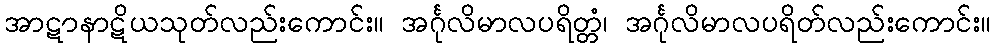
အာဋာနာဋိယသုတ်လည်းကောင်း။ အင်္ဂုလိမာလပရိတ္တံ၊ အင်္ဂုလိမာလပရိတ်လည်းကောင်း။